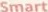
Smart